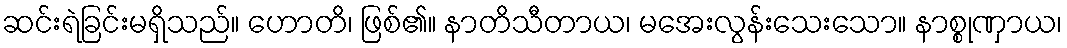
ဆင်းရဲခြင်းမရှိသည်။ ဟောတိ၊ ဖြစ်၏။ နာတိသီတာယ၊ မအေးလွန်းသေးသော။ နာစ္စုဏှာယ၊